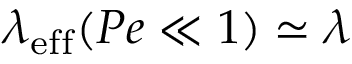
\lambda _ { \mathrm { e f f } } ( P e \ll 1 ) \simeq \lambda